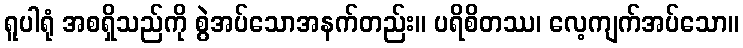
ရူပါရုံ အစရှိသည်ကို စွဲအပ်သောအနက်တည်း။ ပရိစိတဿ၊ လေ့ကျက်အပ်သော။